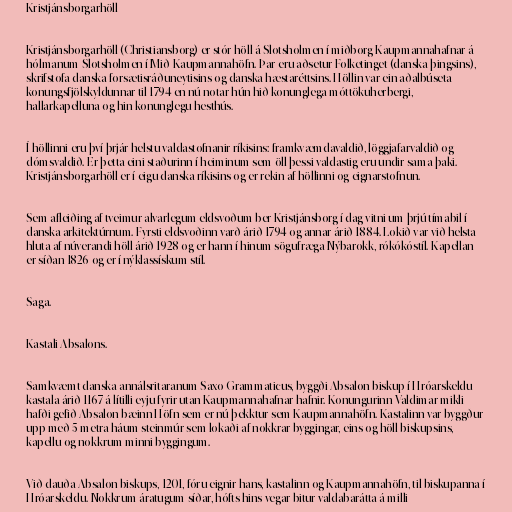
Kristjánsborgarhöll

Kristjánsborgarhöll (Christiansborg) er stór höll á Slotsholmen í miðborg Kaupmannahafnar á
hólmanum Slotsholmen í Mið-Kaupmannahöfn. Þar eru aðsetur Folketinget (danska þingsins),
skrifstofa danska forsætisráðuneytisins og danska hæstaréttsins. Höllin var ein aðalbúseta
konungsfjölskyldunnar til 1794 en nú notar hún hið konunglega móttökuherbergi,
hallarkapelluna og hin konunglegu hesthús.

Í höllinni eru því þrjár helstu valdastofnanir ríkisins: framkvæmdavaldið, löggjafarvaldið og
dómsvaldið. Er þetta eini staðurinn í heiminum sem öll þessi valdastig eru undir sama þaki.
Kristjánsborgarhöll er í eigu danska ríkisins og er rekin af höllinni og eignarstofnun.

Sem afleiðing af tveimur alvarlegum eldsvoðum ber Kristjánsborg í dag vitni um þrjú tímabil í
danska arkitektúrnum. Fyrsti eldsvoðinn varð árið 1794 og annar árið 1884. Lokið var við helsta
hluta af núverandi höll árið 1928 og er hann í hinum sögufræga Nýbarokk, rókókóstíl. Kapellan
er síðan 1826 og er í nýklassískum stíl.

Saga.

Kastali Absalons.

Samkvæmt danska annálsritaranum Saxo Grammaticus, byggði Absalon biskup í Hróarskeldu
kastala árið 1167 á lítilli eyju fyrir utan Kaupmannahafnar hafnir. Konungurinn Valdimar mikli
hafði gefið Absalon bæinn Höfn sem er nú þekktur sem Kaupmannahöfn. Kastalinn var byggður
upp með 5 metra háum steinmúr sem lokaði af nokkrar byggingar, eins og höll biskupsins,
kapellu og nokkrum minni byggingum.

Við dauða Absalon biskups, 1201, fóru eignir hans, kastalinn og Kaupmannahöfn, til biskupanna í
Hróarskeldu. Nokkrum áratugum síðar, hófts hins vegar bitur valdabarátta á milli